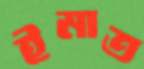
ইমাত